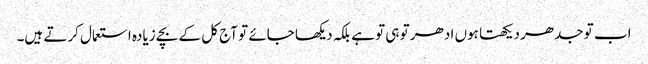
اب تو جدھر دیکھتا ہوں ادھر تو ہی تو ہے بلکہ دیکھا جائے تو آج کل کے بچے زیادہ استعمال کرتے ہیں۔